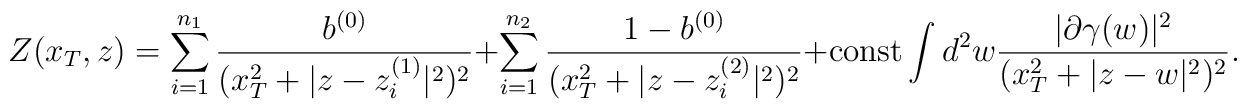
Z (x_T,z) =\sum_{i=1}^{n_1}{b^{(0)}\over (x_T^2+|z-z_i^{(1)}|^2)^2} + \sum_{i=1}^{n_2}{1-b^{(0)}\over (x_T^2+|z-z_i^{(2)}|^2)^2}+{\rm const}\int d^2 w {|\partial\gamma (w)|^2\over (x_T^2+|z-w|^2)^2}.